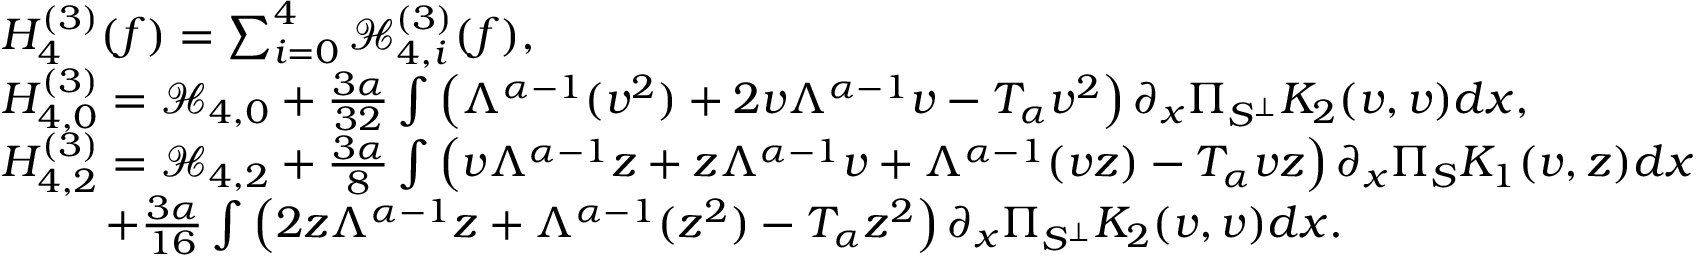
\begin{array} { r l } & { H _ { 4 } ^ { ( 3 ) } ( f ) = \sum _ { i = 0 } ^ { 4 } \mathcal { H } _ { 4 , i } ^ { ( 3 ) } ( f ) , } \\ & { H _ { 4 , 0 } ^ { ( 3 ) } = \mathcal { H } _ { 4 , 0 } + \frac { 3 \alpha } { 3 2 } \int \left( \Lambda ^ { \alpha - 1 } ( v ^ { 2 } ) + 2 v \Lambda ^ { \alpha - 1 } v - T _ { \alpha } v ^ { 2 } \right) \partial _ { x } \Pi _ { S ^ { \perp } } K _ { 2 } ( v , v ) d x , } \\ & { H _ { 4 , 2 } ^ { ( 3 ) } = \mathcal { H } _ { 4 , 2 } + \frac { 3 \alpha } { 8 } \int \left( v \Lambda ^ { \alpha - 1 } z + z \Lambda ^ { \alpha - 1 } v + \Lambda ^ { \alpha - 1 } ( v z ) - T _ { \alpha } v z \right) \partial _ { x } \Pi _ { S } K _ { 1 } ( v , z ) d x } \\ & { \quad \quad \ + \frac { 3 \alpha } { 1 6 } \int \left( 2 z \Lambda ^ { \alpha - 1 } z + \Lambda ^ { \alpha - 1 } ( z ^ { 2 } ) - T _ { \alpha } z ^ { 2 } \right) \partial _ { x } \Pi _ { S ^ { \perp } } K _ { 2 } ( v , v ) d x . } \end{array}